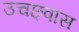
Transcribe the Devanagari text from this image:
उचछ्वास